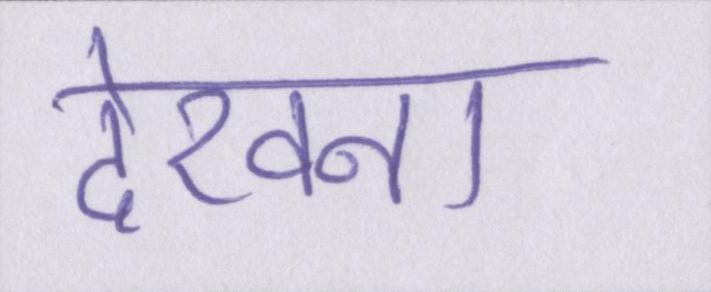
देखना